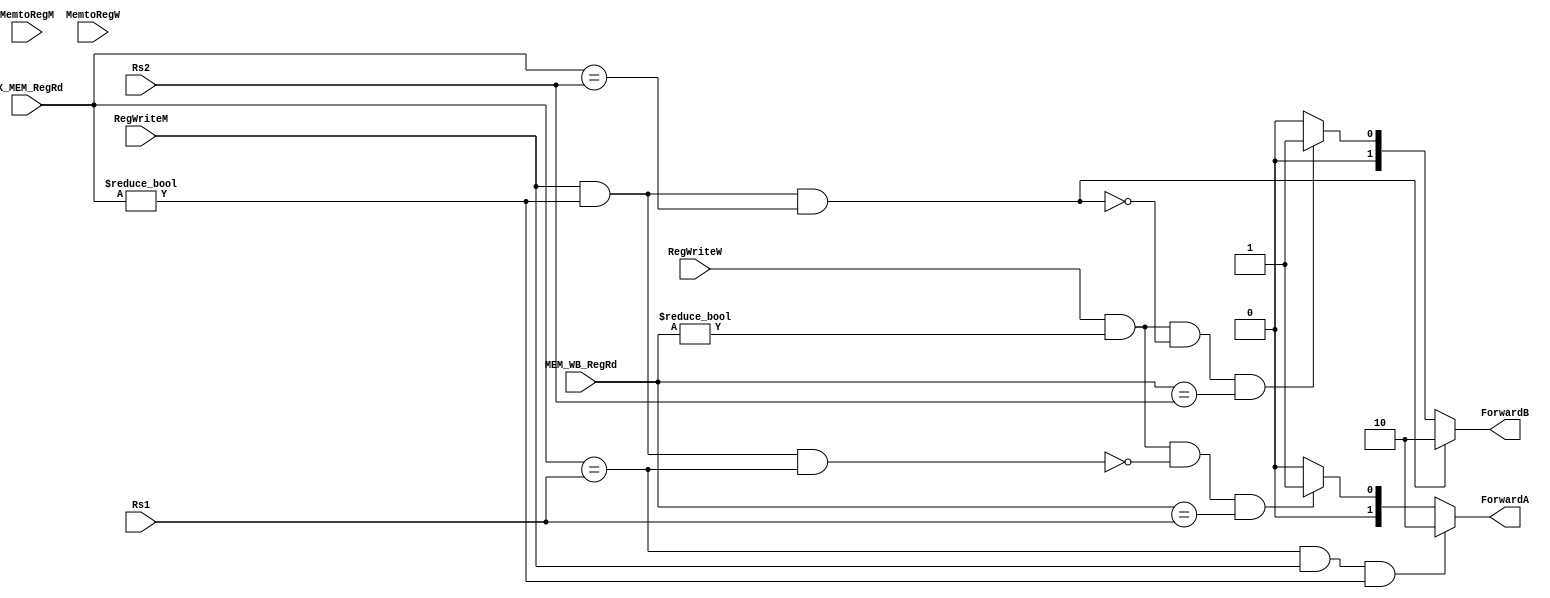
module Forwarding_Unit(
    input [4:0] Rs1,
    input [4:0] Rs2,
    input [4:0] EX_MEM_RegRd,
    input RegWriteM, MemtoRegM, //EX_MEM
    input [4:0] MEM_WB_RegRd,
    input RegWriteW, MemtoRegW, //MEM_WB


    output reg [1:0] ForwardA,
    output reg [1:0] ForwardB

);
    always @(*) begin 
        if(((EX_MEM_RegRd == Rs1) && RegWriteM) && (EX_MEM_RegRd != 5'd0)) begin 
            
            ForwardA <= 2'b10;

        end

        else if(RegWriteW && (MEM_WB_RegRd != 5'd0) && !(RegWriteM && (EX_MEM_RegRd != 0) && (EX_MEM_RegRd == Rs1)) && (MEM_WB_RegRd == Rs1)) begin 
            
            ForwardA <= 2'b01;
              
        end

        else begin 
            ForwardA <= 2'b00;
        end
    end

    always @(*) begin 
        if(((EX_MEM_RegRd != 5'd0) && RegWriteM) && (EX_MEM_RegRd == Rs2)) begin 
             
            ForwardB <= 2'b10;
                
        end

        else if(RegWriteW && (MEM_WB_RegRd != 5'd0) && !(RegWriteM && (EX_MEM_RegRd != 0) && (EX_MEM_RegRd == Rs2)) && (MEM_WB_RegRd == Rs2)) begin 
            
            ForwardB <= 2'b01;
           
        end
        else begin 
            ForwardB <= 2'b00;
        end
    end

endmodule